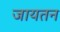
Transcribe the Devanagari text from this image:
जायतन